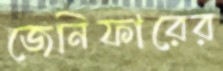
জেনিফারের